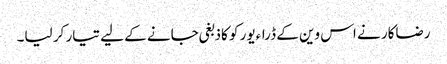
رضاکار نے اس وین کے ڈراءیور کو کاذبغی جانے کے لیے تیار کر لیا۔